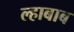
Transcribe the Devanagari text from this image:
ल्हाबाब